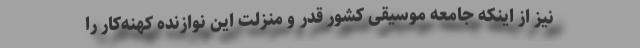
نیز از اینکه جامعه موسیقی کشور قدر و منزلت این نوازنده کهنه‌کار را